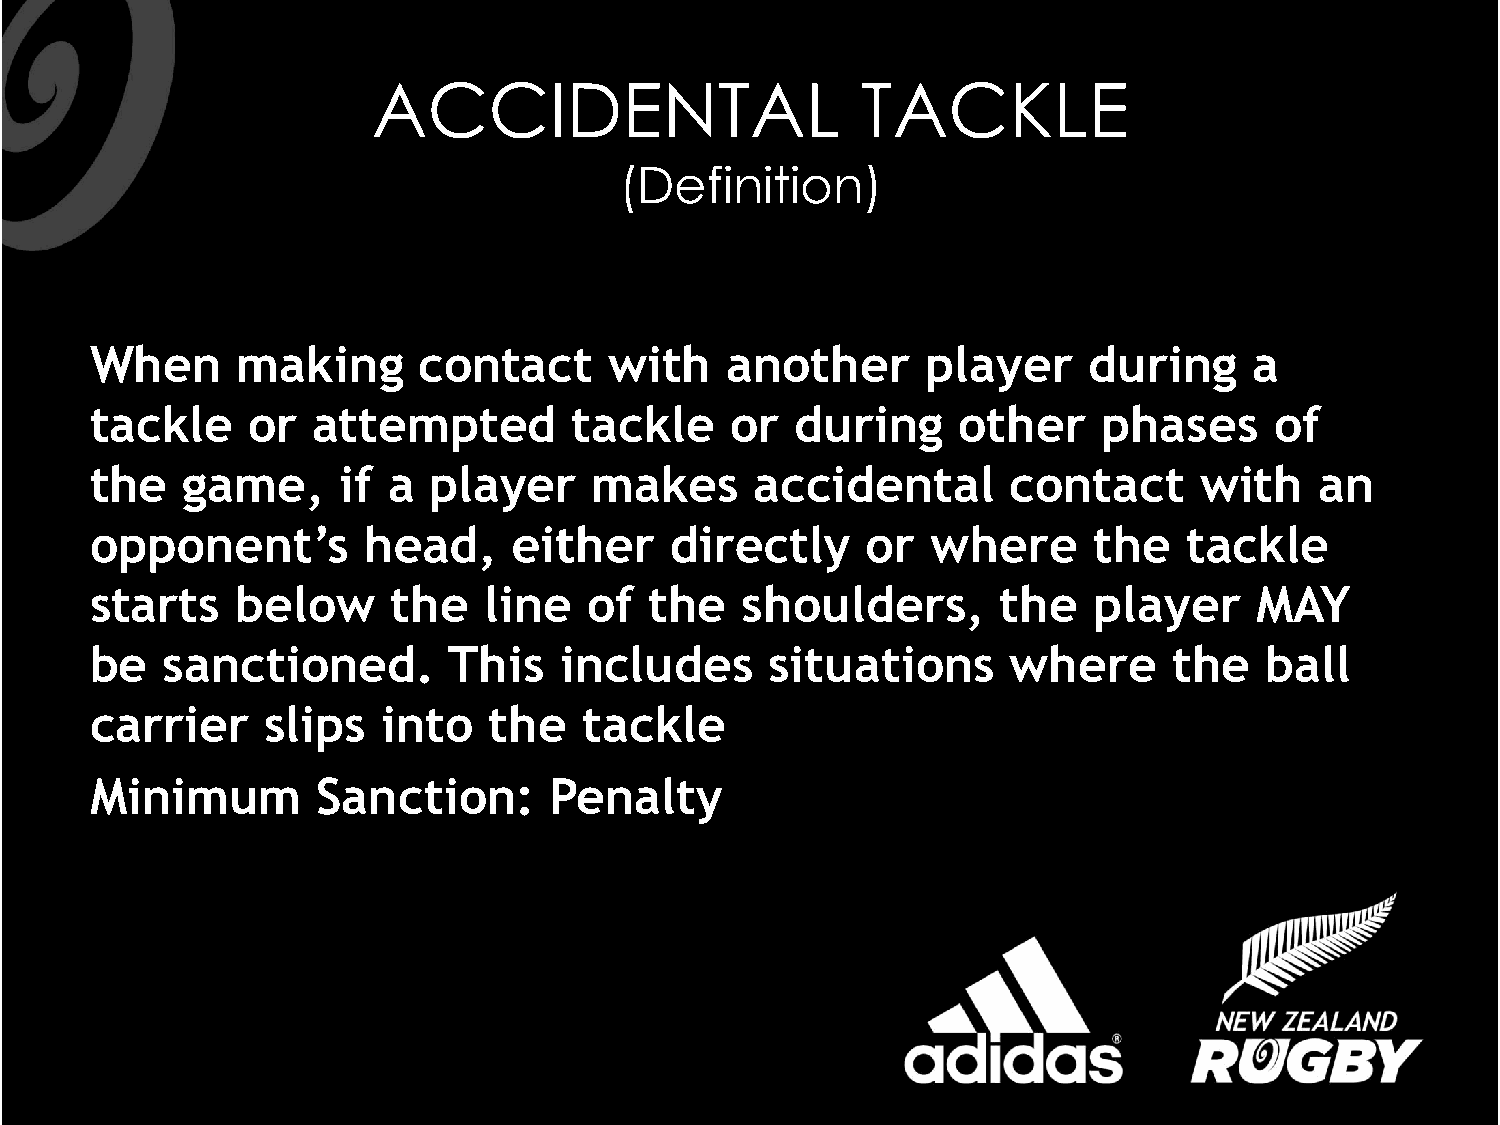
ACCIDENTAL                      TACKLE
 (Definition)
 When      making      contact     with    another      player     during     a
 tackle    or   attempted        tackle    or   during    other     phases     of
 the   game,      if a player     makes      accidental       contact     with    an
 opponent’s        head,     either    directly     or   where     the    tackle
 starts    below     the   line   of  the   shoulders,       the   player     MAY
 be   sanctioned.        This   includes      situations      where      the   ball
 carrier     slips  into   the    tackle
 Minimum        Sanction:      Penalty